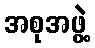
အစုအဖွဲ့